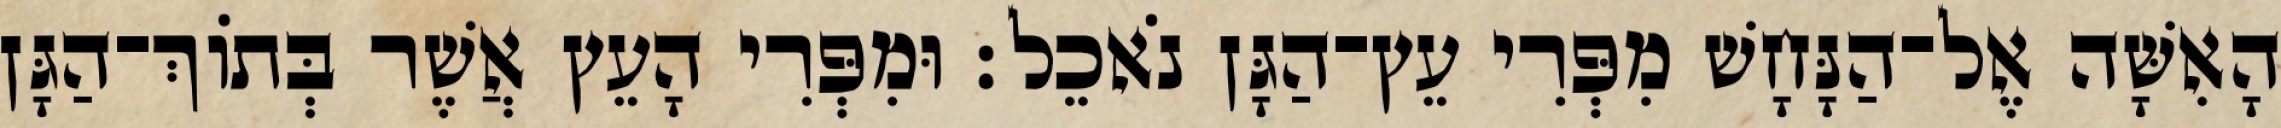
הָאִשָּׁה אֶל־הַנָּחָשׁ מִפְּרִי עֵץ־הַגָּן נֹאכֵל׃ וּמִפְּרִי הָעֵץ אֲשֶׁר בְּתֹוךְ־הַגָּן